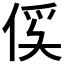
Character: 𫢥